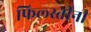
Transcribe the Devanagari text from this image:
फिल्स्तीनी